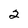
Character: 2